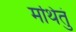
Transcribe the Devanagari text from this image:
मथितुं